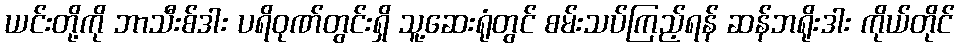
ယင်းတို့ကို ဘာသီးစ်ဒါး ပရိဝုဏ်တွင်းရှိ သူ့ဆေးရုံတွင် စမ်းသပ်ကြည့်ရန် ဆန်ဘရိုးဒါး ကိုယ်တိုင်